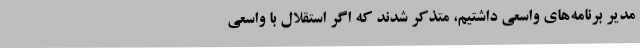
مدیر برنامه‌های واسعی داشتیم، متذکر شدند که اگر استقلال با واسعی